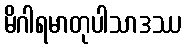
မိဂါရမာတုပါသာဒဿ